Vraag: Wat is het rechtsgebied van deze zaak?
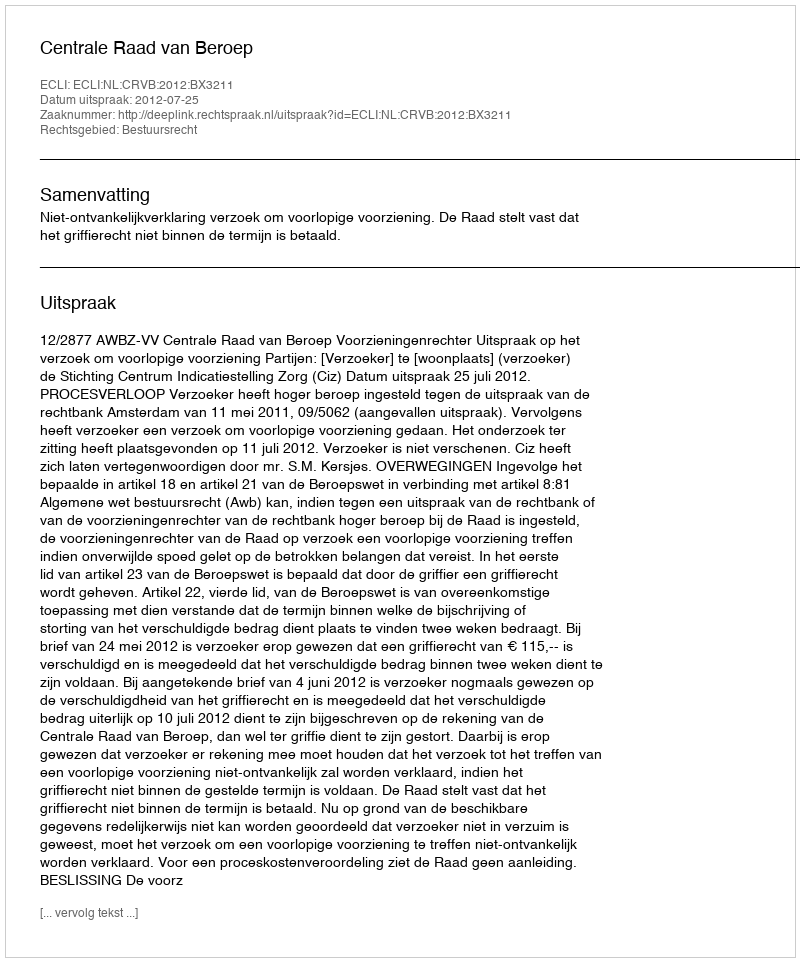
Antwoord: Bestuursrecht